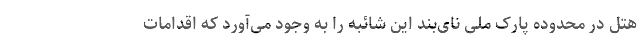
هتل در محدوده پارک ملی نای‌بند این شائبه را به وجود می‌آورد که اقدامات